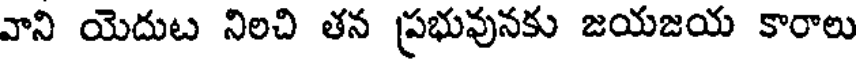
వాని యెదుట నిలచి తన ప్రభువునకు జయజయ కారాలు